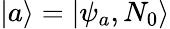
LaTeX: \left|a\right\rangle=\left|\psi_{a},N_{0}\right\rangle